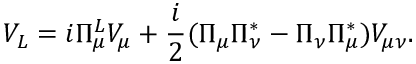
V _ { L } = i \Pi _ { \mu } ^ { L } V _ { \mu } + \frac { i } { 2 } ( \Pi _ { \mu } \Pi _ { \nu } ^ { * } - \Pi _ { \nu } \Pi _ { \mu } ^ { * } ) V _ { \mu \nu } .